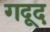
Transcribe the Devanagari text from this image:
गदूद